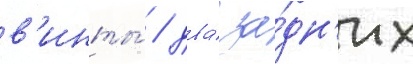
в'инты́ / два́ за́дн'их